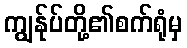
ကျွန်ုပ်တို့၏စက်ရုံမှ